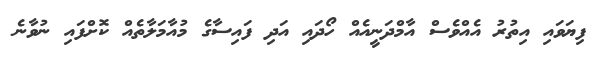
ފިޔަވައި އިތުރު އެއްވެސް އާމްދަނީއެއް ހޯދައި އަދި ފައިސާގެ މުއާމަލާތެއް ކޮށްފައި ނުވާނެ